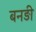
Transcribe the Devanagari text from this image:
बनड़ी